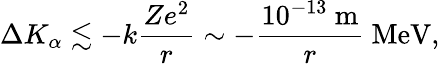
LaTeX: \Delta K_{\alpha}\lesssim-k\frac{Ze^{2}}{r}\sim-\frac{10^{-13}~\mathrm{m}}{r}~\mathrm{MeV},